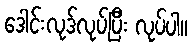
ဒေါင်းလုဒ်လုပ်ပြီး လုပ်ပါ။